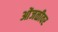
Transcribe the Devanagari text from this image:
ओंजळीवर